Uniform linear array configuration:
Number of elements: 32
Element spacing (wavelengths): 0.75
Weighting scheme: hann
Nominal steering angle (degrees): -45
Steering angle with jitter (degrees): -45.321
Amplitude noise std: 0.05
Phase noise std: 0.05

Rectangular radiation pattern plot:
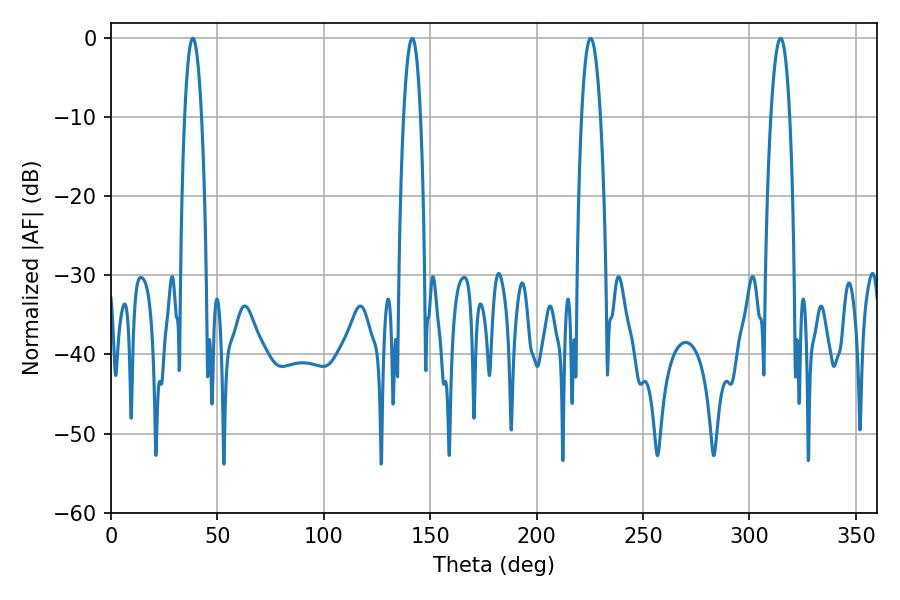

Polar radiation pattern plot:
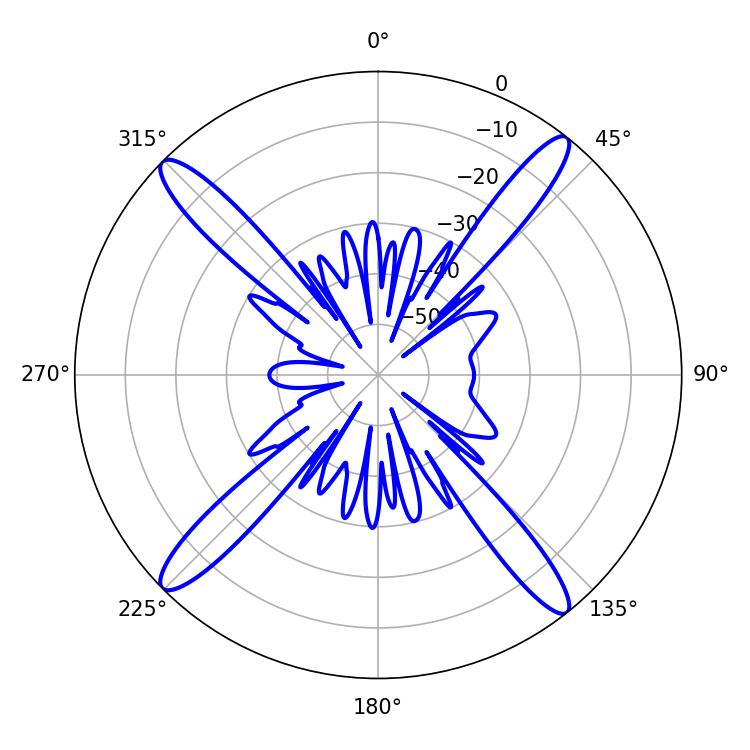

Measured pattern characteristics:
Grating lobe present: TRUE
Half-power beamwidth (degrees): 4.86
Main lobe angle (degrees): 225.36